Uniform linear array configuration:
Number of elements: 12
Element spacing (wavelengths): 0.25
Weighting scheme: kaiser
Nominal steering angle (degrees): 15
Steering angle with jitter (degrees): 13.715
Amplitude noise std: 0.05
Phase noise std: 0.05

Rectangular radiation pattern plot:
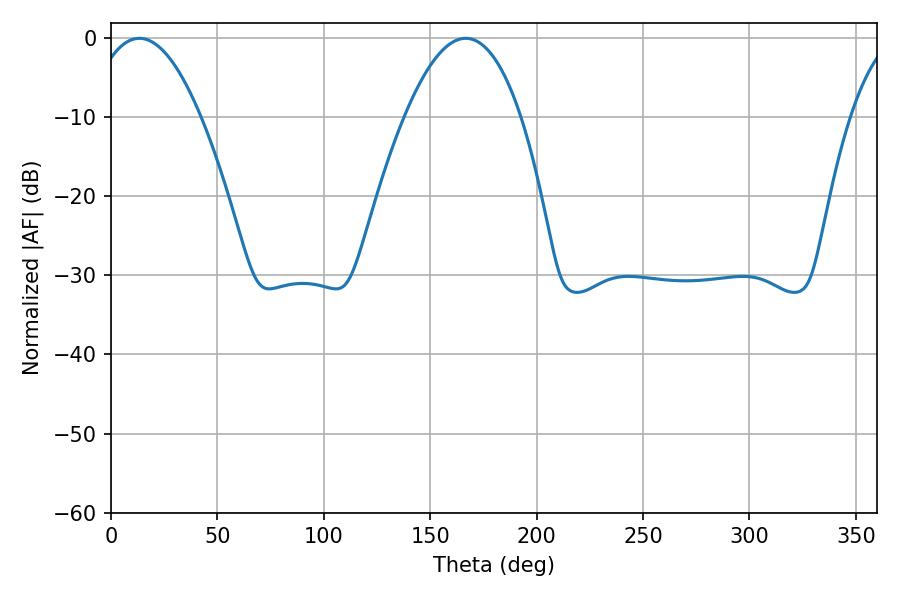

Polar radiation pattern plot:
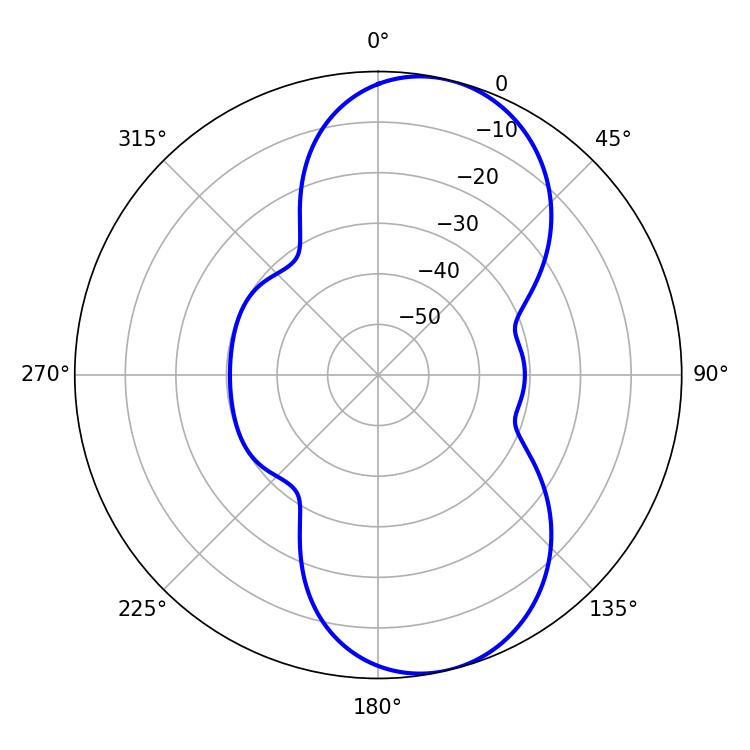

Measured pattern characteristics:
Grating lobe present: FALSE
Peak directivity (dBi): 8.702
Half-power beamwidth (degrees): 28.8
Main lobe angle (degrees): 13.32